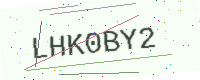
Text: LHK0BY2